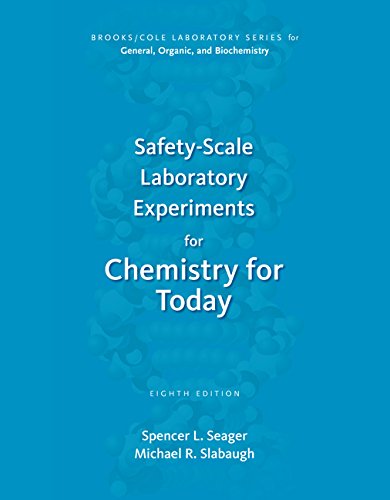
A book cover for Safety-Scale Laboratory Experiments for Chemistry for Today (Brooks/Cole Laboratory Series for General, Organic, and Biochemistry); Spencer L. Seager; Science & Math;